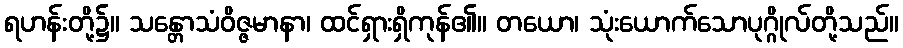
ရဟန်းတို့၌။ သန္တောသံဝိဇ္ဇမာနာ၊ ထင်ရှားရှိကုန်၏။ တယော၊ သုံးယောက်သောပုဂ္ဂိုလ်တို့သည်။